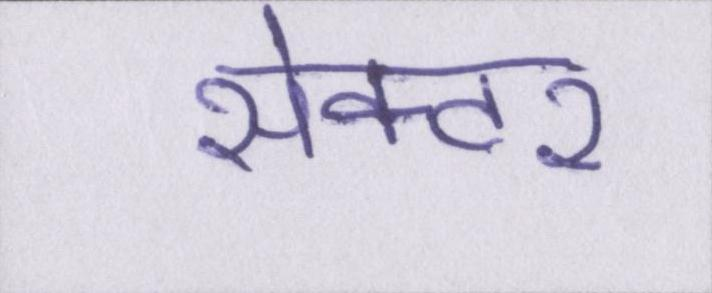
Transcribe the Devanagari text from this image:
सेक्टर